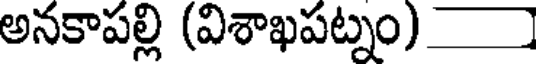
అనకాపల్లి (విశాఖపట్నం)